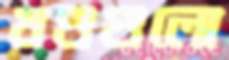
খণ্ডগুলো